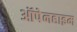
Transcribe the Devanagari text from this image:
ऑपेनहाइम